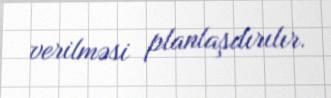
verilməsi planlaşdırılır.